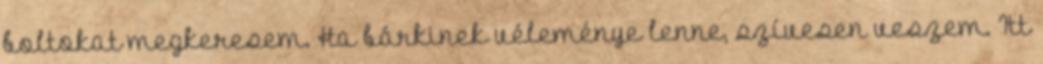
boltokat megkeresem. Ha bárkinek véleménye lenne, szívesen veszem. Itt